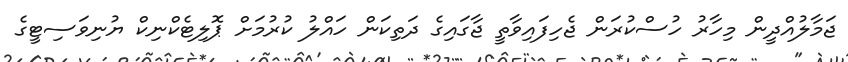
ޖަމާލުއްދީން މިހާރު ހުސްކުރަން ޖެހިފައިވާތީ ޖާގައިގެ ދަތިކަން ހައްލު ކުރުމަށް ޕޮލިޓެކްނިކް ޔުނިވަސިޓީގެ